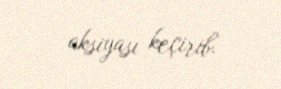
aksiyası keçirib.